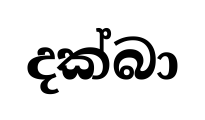
දක්බා